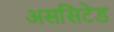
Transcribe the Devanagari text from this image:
अससिटेड